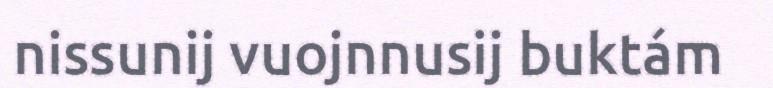
nissunij vuojnnusij buktám